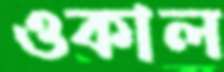
ওকাল